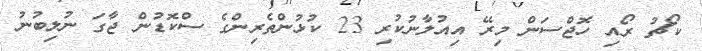
ކޯޗު ރޯއި ހޮޖްސަން މިރޭ އިއުލާނުކުރި 23 ކުޅުންތެރިންގެ ސްކޮޑުން ޖާގަ ނުލިބުނު